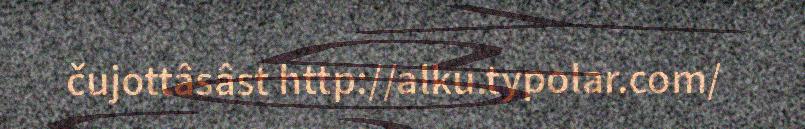
čujottâsâst http://alku.typolar.com/